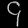
Digit: ၄